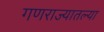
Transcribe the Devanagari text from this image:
गणराज्यातल्या